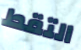
التقط